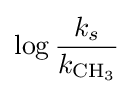
\log {\frac {k_{s}}{k_{{\ce {CH3}}}}}